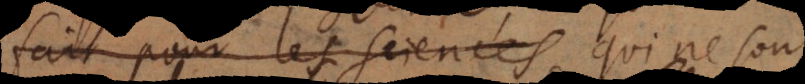
fait pour les sciences suffiroit tout